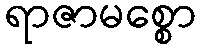
ရာဇာမစ္စော